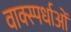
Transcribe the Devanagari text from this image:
वाक्स्पर्धाओं